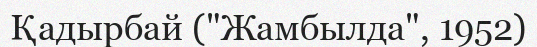
Қадырбай ("Жамбылда", 1952)